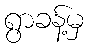
ရွာခန့်မှ